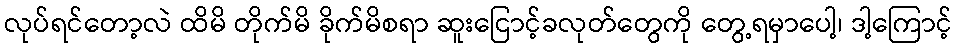
လုပ်ရင်တော့လဲ ထိမိ တိုက်မိ ခိုက်မိစရာ ဆူးငြောင့်ခလုတ်တွေကို တွေ့ရမှာပေါ့၊ ဒါ့ကြောင့်